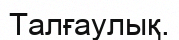
Талғаулық.